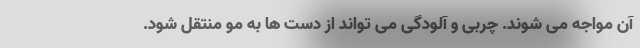
آن مواجه می شوند. چربی و آلودگی می تواند از دست ها به مو منتقل شود.